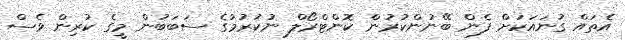
އެތައް ގުނައަކަށް ފެން ބޭނުންކުރުން ކޮންޓްރޯލް ނުކުރުމުގެ ސަބަބުން މީގެ ކުރިން ވެސް